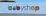
babyshop